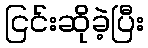
ငြင်းဆိုခဲ့ပြီး